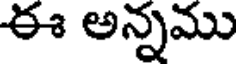
ఈ అన్నము